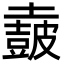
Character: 𡒡